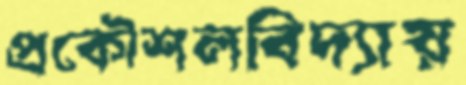
প্রকৌশলবিদ্যায়